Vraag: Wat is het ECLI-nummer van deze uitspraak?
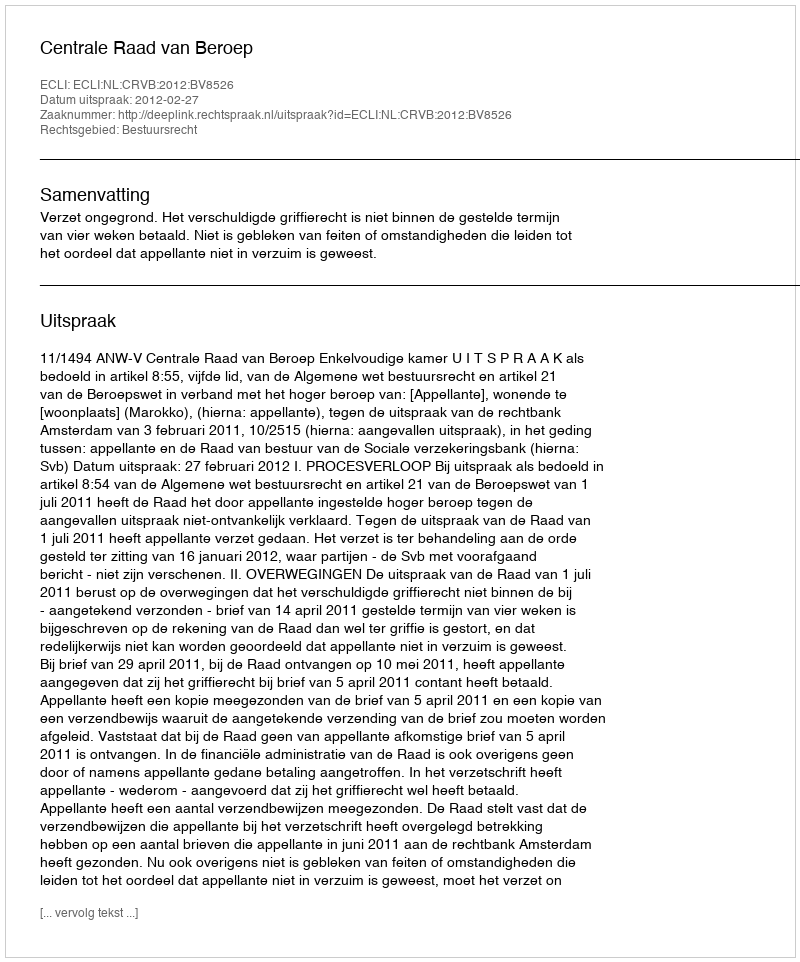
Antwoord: ECLI:NL:CRVB:2012:BV8526